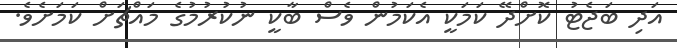
އަދި ބަޖެޓު ކޮށްދޭ ކަމަކީ އެކަމުން ވެސް ބާކީ ނުކުރުމުގެ މައްޗަށް ކަމަށެވެ.